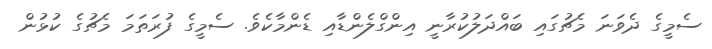
ސެމީގެ ދެވަނަ މެޗުގައި ބައްދަލުކުރާނީ އިންގްލެންޑާއި ޑެންމާކެވެ. ސެމީގެ ފުރަތަމަ މެޗުގެ ކުޅުން